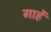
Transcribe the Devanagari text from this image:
गाहें